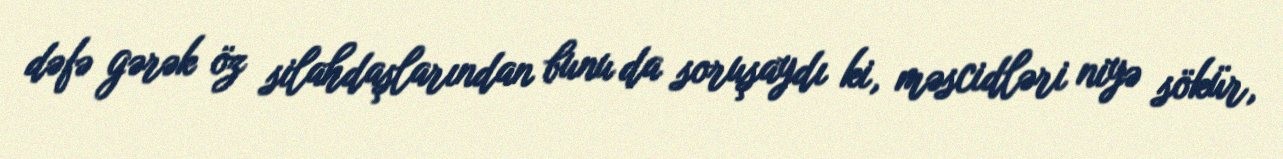
dəfə gərək öz silahdaşlarından bunu da soruşaydı ki, məscidləri niyə sökür,